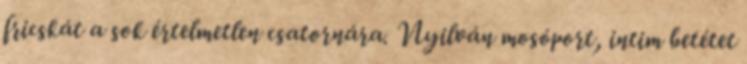
fricskát a sok értelmetlen csatornára. Nyilván mosóport, intim betétet